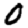
Digit: 0